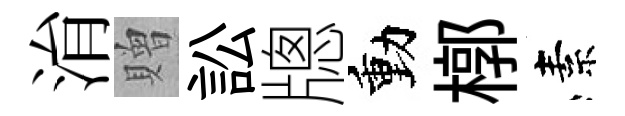
㳙贈訟牕動槨素